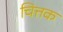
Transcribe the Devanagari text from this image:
चित्तक